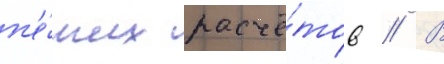
п'е́ших расчё́тов // В